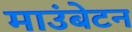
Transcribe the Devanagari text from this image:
माउंबेटन